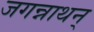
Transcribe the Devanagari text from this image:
जगन्नाथन्